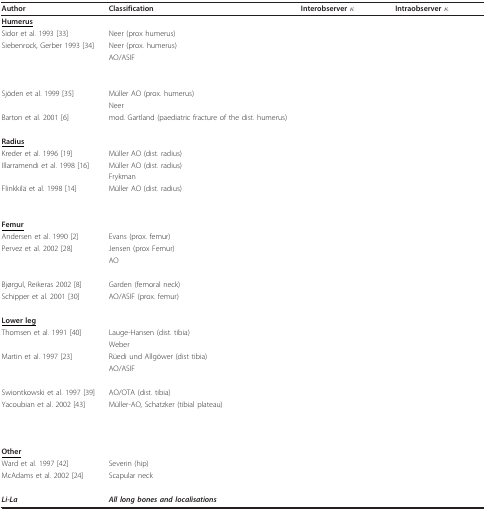
<table><thead><tr><td><b>Author</b></td><td><b>Classification</b></td><td><b>Interobserver κ</b></td><td><b>Intraobserver κ</b></td></tr></thead><tbody><tr><td><b><underline>Humerus</underline></b></td><td>[EMPTY_CELL]</td><td>[EMPTY_CELL]</td><td>[EMPTY_CELL]</td></tr><tr><td>Sidor et al. 1993 [33]</td><td>Neer (prox humerus)</td><td>[EMPTY_CELL]</td><td>[EMPTY_CELL]</td></tr><tr><td>Siebenrock, Gerber 1993 [34]</td><td>Neer (prox. humerus)</td><td>[EMPTY_CELL]</td><td>[EMPTY_CELL]</td></tr><tr><td>[EMPTY_CELL]</td><td>AO/ASIF</td><td>[EMPTY_CELL]</td><td>[EMPTY_CELL]</td></tr><tr><td>[EMPTY_CELL]</td><td>[EMPTY_CELL]</td><td>[EMPTY_CELL]</td><td>[EMPTY_CELL]</td></tr><tr><td>Sjöden et al. 1999 [35]</td><td>Müller AO (prox. humerus)</td><td>[EMPTY_CELL]</td><td>[EMPTY_CELL]</td></tr><tr><td>[EMPTY_CELL]</td><td>Neer</td><td>[EMPTY_CELL]</td><td>[EMPTY_CELL]</td></tr><tr><td>Barton et al. 2001 [6]</td><td>mod. Gartland (paediatric fracture of the dist. humerus)</td><td>[EMPTY_CELL]</td><td>[EMPTY_CELL]</td></tr><tr><td><b><underline>Radius</underline></b></td><td>[EMPTY_CELL]</td><td>[EMPTY_CELL]</td><td>[EMPTY_CELL]</td></tr><tr><td>Kreder et al. 1996 [19]</td><td>Müller AO (dist. radius)</td><td>[EMPTY_CELL]</td><td>[EMPTY_CELL]</td></tr><tr><td>Illarramendi et al. 1998 [16]</td><td>Müller AO (dist. radius)</td><td>[EMPTY_CELL]</td><td>[EMPTY_CELL]</td></tr><tr><td>[EMPTY_CELL]</td><td>Frykman</td><td>[EMPTY_CELL]</td><td>[EMPTY_CELL]</td></tr><tr><td>Flinkkilä et al. 1998 [14]</td><td>Müller AO (dist. radius)</td><td>[EMPTY_CELL]</td><td>[EMPTY_CELL]</td></tr><tr><td>[EMPTY_CELL]</td><td>[EMPTY_CELL]</td><td>[EMPTY_CELL]</td><td>[EMPTY_CELL]</td></tr><tr><td><b><underline>Femur</underline></b></td><td>[EMPTY_CELL]</td><td>[EMPTY_CELL]</td><td>[EMPTY_CELL]</td></tr><tr><td>Andersen et al. 1990 [2]</td><td>Evans (prox. femur)</td><td>[EMPTY_CELL]</td><td>[EMPTY_CELL]</td></tr><tr><td>Pervez et al. 2002 [28]</td><td>Jensen (prox Femur)</td><td>[EMPTY_CELL]</td><td>[EMPTY_CELL]</td></tr><tr><td>[EMPTY_CELL]</td><td>AO</td><td>[EMPTY_CELL]</td><td>[EMPTY_CELL]</td></tr><tr><td>[EMPTY_CELL]</td><td>[EMPTY_CELL]</td><td>[EMPTY_CELL]</td><td>[EMPTY_CELL]</td></tr><tr><td>Bjørgul, Reikeras 2002 [8]</td><td>Garden (femoral neck)</td><td>[EMPTY_CELL]</td><td>[EMPTY_CELL]</td></tr><tr><td>Schipper et al. 2001 [30]</td><td>AO/ASIF (prox. femur)</td><td>[EMPTY_CELL]</td><td>[EMPTY_CELL]</td></tr><tr><td><b><underline>Lower leg</underline></b></td><td>[EMPTY_CELL]</td><td>[EMPTY_CELL]</td><td>[EMPTY_CELL]</td></tr><tr><td>Thomsen et al. 1991 [40]</td><td>Lauge-Hansen (dist. tibia)</td><td>[EMPTY_CELL]</td><td>[EMPTY_CELL]</td></tr><tr><td>[EMPTY_CELL]</td><td>Weber</td><td>[EMPTY_CELL]</td><td>[EMPTY_CELL]</td></tr><tr><td>Martin et al. 1997 [23]</td><td>Rüedi und Allgöwer (dist tibia)</td><td>[EMPTY_CELL]</td><td>[EMPTY_CELL]</td></tr><tr><td>[EMPTY_CELL]</td><td>AO/ASIF</td><td>[EMPTY_CELL]</td><td>[EMPTY_CELL]</td></tr><tr><td>[EMPTY_CELL]</td><td>[EMPTY_CELL]</td><td>[EMPTY_CELL]</td><td>[EMPTY_CELL]</td></tr><tr><td>Swiontkowski et al. 1997 [39]</td><td>AO/OTA (dist. tibia)</td><td>[EMPTY_CELL]</td><td>[EMPTY_CELL]</td></tr><tr><td>Yacoubian et al. 2002 [43]</td><td>Müller-AO, Schatzker (tibial plateau)</td><td>[EMPTY_CELL]</td><td>[EMPTY_CELL]</td></tr><tr><td>[EMPTY_CELL]</td><td>[EMPTY_CELL]</td><td>[EMPTY_CELL]</td><td>[EMPTY_CELL]</td></tr><tr><td>[EMPTY_CELL]</td><td>[EMPTY_CELL]</td><td>[EMPTY_CELL]</td><td>[EMPTY_CELL]</td></tr><tr><td><b><underline>Other</underline></b></td><td>[EMPTY_CELL]</td><td>[EMPTY_CELL]</td><td>[EMPTY_CELL]</td></tr><tr><td>Ward et al. 1997 [42]</td><td>Severin (hip)</td><td>[EMPTY_CELL]</td><td>[EMPTY_CELL]</td></tr><tr><td>McAdams et al. 2002 [24]</td><td>Scapular neck</td><td>[EMPTY_CELL]</td><td>[EMPTY_CELL]</td></tr><tr><td><b><i>Li-La</i></b></td><td><b><i>All long bones and localisations</i></b></td><td>[EMPTY_CELL]</td><td>[EMPTY_CELL]</td></tr></tbody></table>